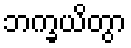
ဘက္ခယိတွာ